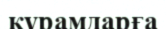
құрамдарға